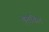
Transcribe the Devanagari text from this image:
बूनविल